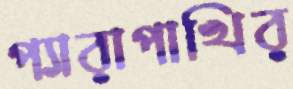
প্যারাপাখির